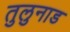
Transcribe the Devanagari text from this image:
तुलुनाड